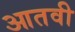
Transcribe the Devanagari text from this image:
आतवी